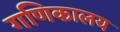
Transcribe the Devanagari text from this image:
गणिकालय